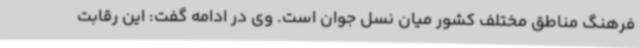
فرهنگ مناطق مختلف کشور میان نسل جوان است. وی در ادامه گفت: این رقابت